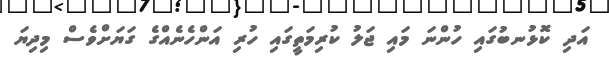
އަދި ކޮޅުނބުގައި ހުންނަ މައި ޖަލު ކުރިމަތީގައި ހުރި އަންހެނެއްގެ ގަޔަށްވެސް މިދިޔަ